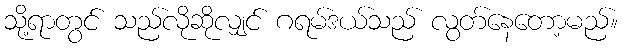
သို့ရာတွင် သည်လိုဆိုလျှင် ဂရမ်ဒယ်သည် လွတ်နေတော့မည်။